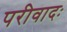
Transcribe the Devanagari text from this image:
परीवादः